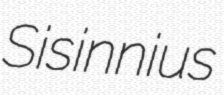
Sisinnius